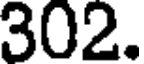
302.